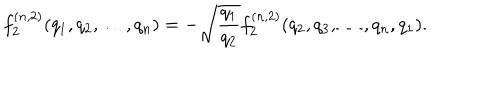
LaTeX: f _ { 2 } ^ { ( n , 2 ) } ( q _ { 1 } , q _ { 2 } , \dots , q _ { n } ) = - \sqrt { \frac { q _ { 1 } } { q _ { 2 } } } f _ { 2 } ^ { ( n , 2 ) } ( q _ { 2 } , q _ { 3 } , \dots , q _ { n } , q _ { 1 } ) .